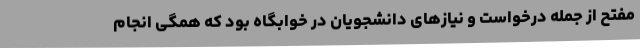
مفتح از جمله درخواست و نیازهای دانشجویان در خوابگاه بود که همگی انجام